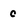
Character: c